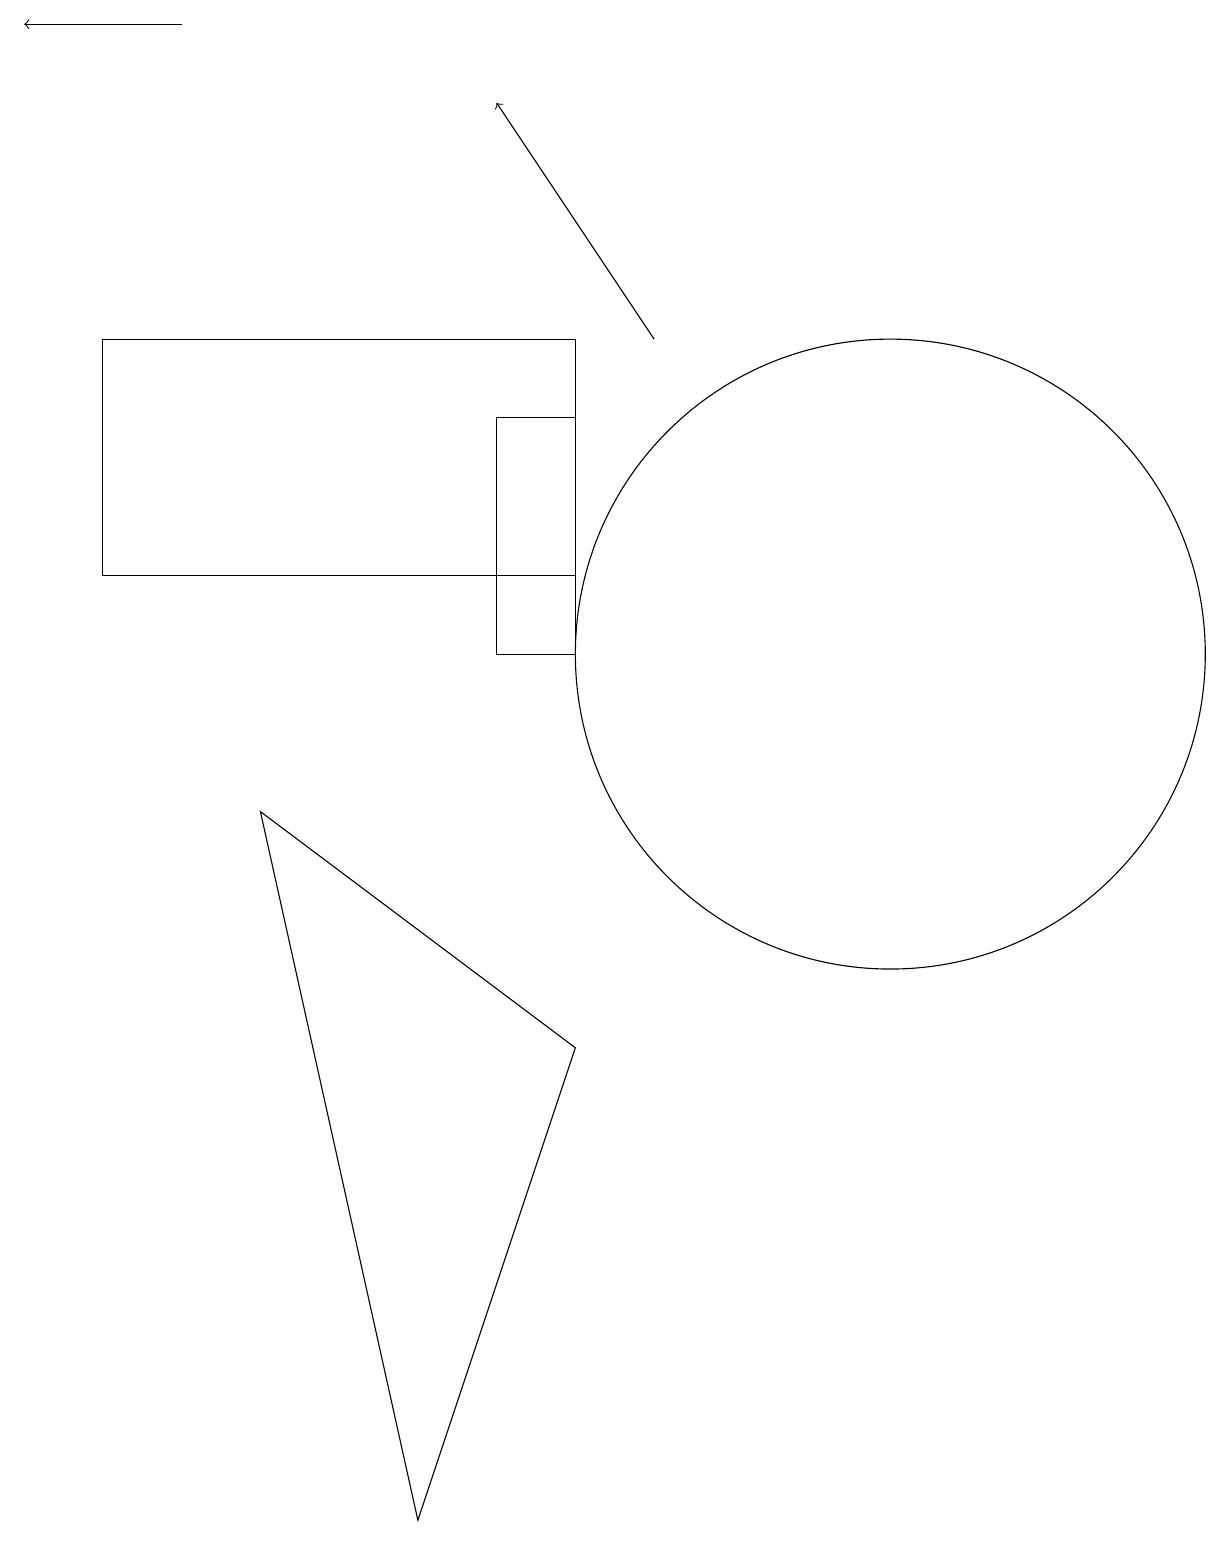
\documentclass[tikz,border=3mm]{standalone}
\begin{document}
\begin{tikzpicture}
\draw[->] (2,19) -- (0,19);
\draw (11,11) circle (4);
\draw (1,15) rectangle (7,12);
\draw (7,14) rectangle (6,11);
\draw (3,9) -- (7,6) -- (5,0) -- cycle;
\draw (1,12) rectangle (1,14);
\draw[->] (8,15) -- (6,18);
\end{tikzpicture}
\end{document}